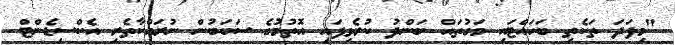
"މިފަދަ ތަކެތި ބަހައްޓައި މަގުތައް ބަންދު ކުރެވިފައި އޮތުމުގެ ސަބަބުން ނުރައްކާތެރި އެކްސިޑެންޓް